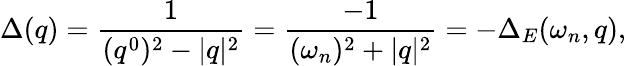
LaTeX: \Delta(q)=\frac{1}{(q^{0})^{2}-|q|^{2}}=\frac{-1}{(\omega_{n})^{2}+|q|^{2}}=-\Delta_{E}(\omega_{n},q),